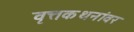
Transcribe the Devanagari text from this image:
वृत्तकथनांवर